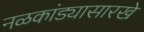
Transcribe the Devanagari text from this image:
नळकांड्यासारखे